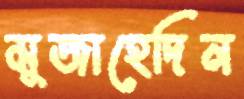
মুজাহেদিন